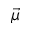
\vec { \mu }